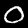
Label: 0